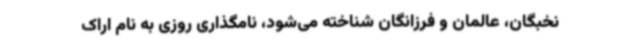
نخبگان، عالمان و فرزانگان شناخته می‌شود، نامگذاری روزی به نام اراک